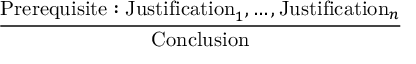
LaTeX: \frac { \mathrm { P r e r e q u i s i t e : J u s t i f i c a t i o n } _ { 1 } , \dots , \mathrm { J u s t i f i c a t i o n } _ { n } } { \mathrm { C o n c l u s i o n } }